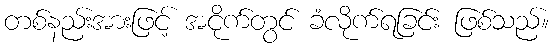
တစ်နည်းအားဖြင့် အငိုက်တွင် ခံလိုက်ရခြင်း ဖြစ်သည်။